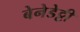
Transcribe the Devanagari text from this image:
बेनेडेट्टी